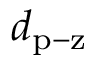
d _ { \mathrm { p - z } }